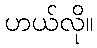
ဟယ်လို။